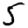
Digit: 5